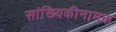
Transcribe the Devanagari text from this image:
सांख्यिकीनामक